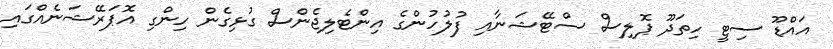
އައްޑޫ ސިޓީ ހިތަދޫ ޕޮލިސް ސްޓޭޝަނާއި ފުލުހުންގެ އިންޓެލިޖެންސް ގުޅިގެން ހިންގި އޮޕަރޭޝަނެއްގައި